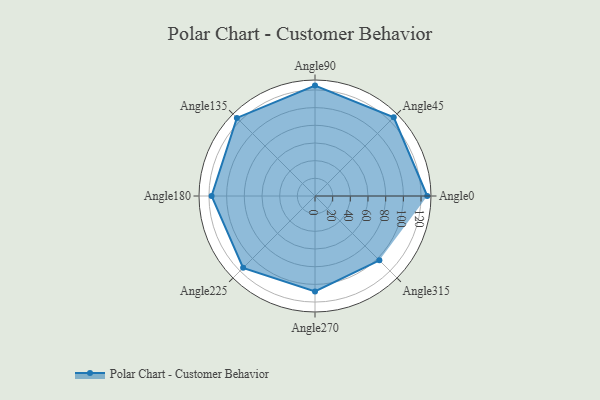
{"axis": {"x": "Angle", "y": "Radius"}, "legend": [""], "data": [{"x": "Angle0", "y": 127.0, "type": ""}, {"x": "Angle45", "y": 126.0, "type": ""}, {"x": "Angle90", "y": 125.0, "type": ""}, {"x": "Angle135", "y": 125.0, "type": ""}, {"x": "Angle180", "y": 117.0, "type": ""}, {"x": "Angle225", "y": 115.0, "type": ""}, {"x": "Angle270", "y": 108.0, "type": ""}, {"x": "Angle315", "y": 103.0, "type": ""}]}